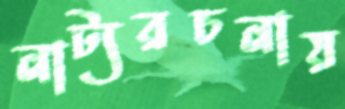
নাট্যরচনায়